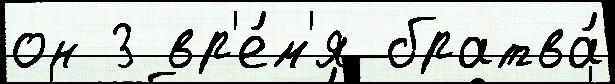
он 3 вр'е́м'я братва́